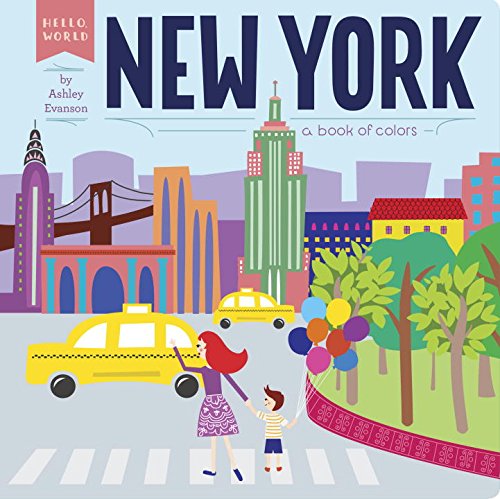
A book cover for New York: A Book of Colors (Hello, World); Ashley Evanson; Children's Books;